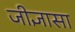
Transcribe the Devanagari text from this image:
जीज्ञासा